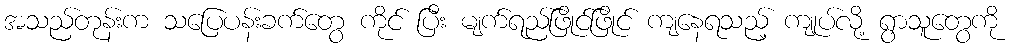
အသည်တုန်းက သပြေပန်းခက်တွေ ကိုင် ပြီး မျက်ရည်ဖြိုင်ဖြိုင် ကျနေရသည့် ကျုပ်လို့ ရွာသူတွေကို